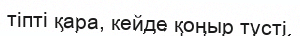
тіпті қара, кейде қоңыр түсті.